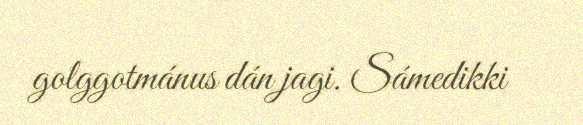
golggotmánus dán jagi. Sámedikki